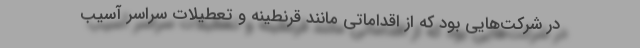
در شرکت‌هایی بود که از اقداماتی مانند قرنطینه و تعطیلات سراسر آسیب